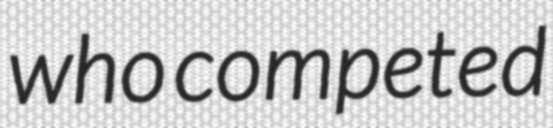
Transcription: who competed